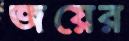
জয়ের